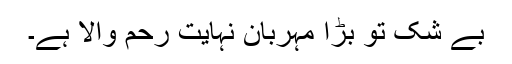
بے شک تو بڑا مہربان نہایت رحم والا ہے۔